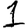
Digit: 1